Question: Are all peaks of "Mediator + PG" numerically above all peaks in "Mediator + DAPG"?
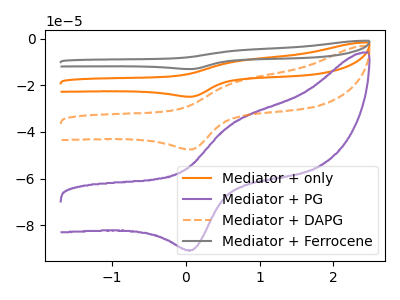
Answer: <think>The orange curve "Mediator + only" has an anodic peak at (0.60V, -38.35uA) and a cathodic peak at (0.10V, -95.00uA). The purple curve "Mediator + PG" has an anodic peak at (0.60V, -36.65uA) and a cathodic peak at (0.10V, -90.75uA). The orange dashed curve "Mediator + DAPG" has an anodic peak at (0.60V, -19.20uA) and a cathodic peak at (0.10V, -47.50uA). The gray curve "Mediator + Ferrocene" has an anodic peak at (0.60V, -57.55uA) and a cathodic peak at (0.10V, -142.45uA).</think>
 <answer>The peaks in "Mediator + PG" are neither all higher or all lower than the peaks in "Mediator + DAPG".</answer>
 <eval>mixed</eval>